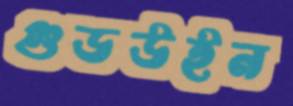
গুডউইন